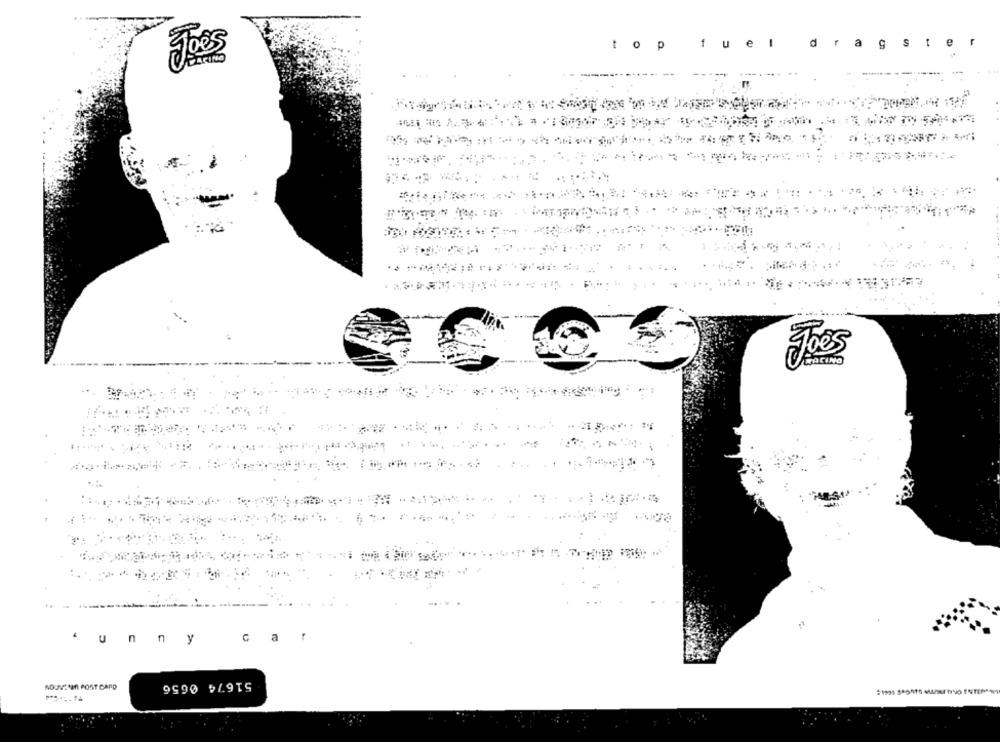
fuel
d
a
S
te
top
Joss
Joes
.:
'unny
car
51674 0656